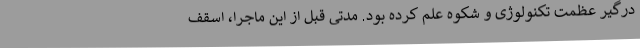
درگیر عظمت تکنولوژی و شکوه علم کرده بود. مدتی قبل از این ماجرا، اسقف